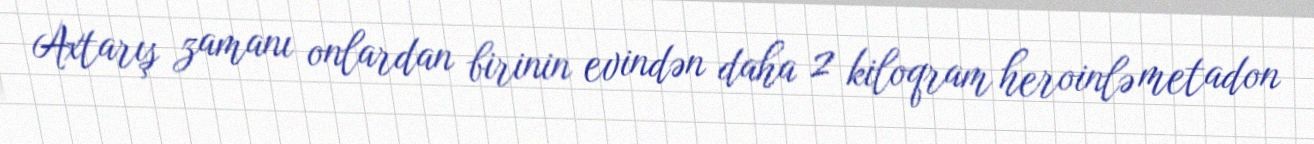
Axtarış zamanı onlardan birinin evindən daha 2 kiloqram heroinlə metadon